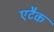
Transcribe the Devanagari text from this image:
एटैक